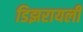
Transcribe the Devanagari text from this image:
डिझरायली